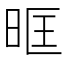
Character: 𭥰